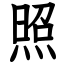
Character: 照